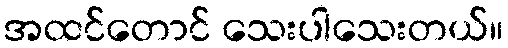
အထင်တောင် သေးပါသေးတယ်။